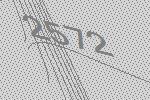
2572